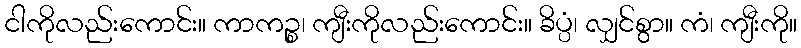
ငါကိုလည်းကောင်း။ ကာကဉ္စ၊ ကျီးကိုလည်းကောင်း။ ခိပ္ပံ၊ လျှင်စွာ။ ကံ၊ ကျီးကို။